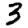
Digit: 3